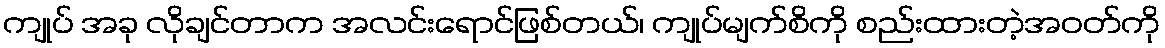
ကျုပ် အခု လိုချင်တာက အလင်းရောင်ဖြစ်တယ်၊ ကျုပ်မျက်စိကို စည်းထားတဲ့အဝတ်ကို